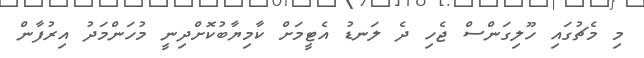
މި މެޗުގައި ހޫލިގަންސް ޖެހި ދެ ލަނޑު އެޓީމަށް ކާމިޔާބުކޮށްދިނީ މުހަންމަދު އިރުފާން